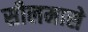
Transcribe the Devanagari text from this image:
सीलमासे